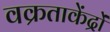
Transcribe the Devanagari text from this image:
वक्रताकेंद्रों